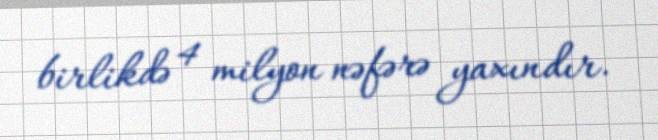
birlikdə 4 milyon nəfərə yaxındır.